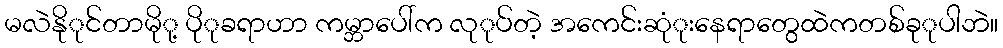
မလဲနိုုင်တာမိုု့ ပိုုခရာဟာ ကမ္ဘာပေါ်က လုုပ်တဲ့ အကေင်းဆုံုးနေရာတွေထဲကတစ်ခုုပါဘဲ။